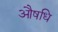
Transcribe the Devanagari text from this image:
औषधि